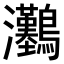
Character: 𤅽